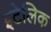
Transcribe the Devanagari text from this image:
इटेलिक